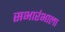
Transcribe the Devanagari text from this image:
सभारंभाला